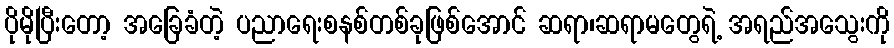
ပိုမိုပြီးတော့ အခြေခံတဲ့ ပညာရေးစနစ်တစ်ခုဖြစ်အောင် ဆရာ၊ဆရာမတွေရဲ့ အရည်အသွေးကို